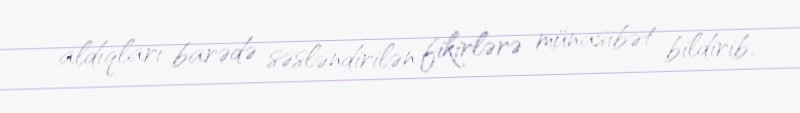
aldıqları barədə səsləndirilən fikirlərə münasibət bildirib.